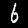
Label: 6